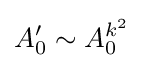
A_{0}'\sim A_{0}^{k^{2}}